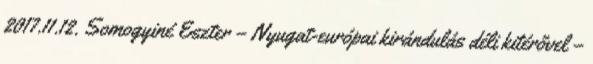
2017.11.12. Somogyiné Eszter – Nyugat-európai kirándulás déli kitérővel –